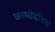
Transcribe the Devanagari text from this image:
अल्मोदोवर्स